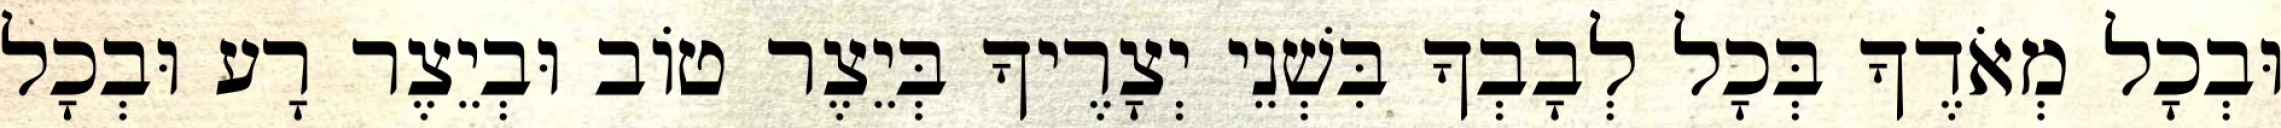
וּבְכָל מְאֹדֶךָ בְּכָל לְבָבְךָ בִּשְׁנֵי יְצָרֶיךָ בְּיֵצֶר טוֹב וּבְיֵצֶר רָע וּבְכָל